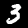
Label: 3